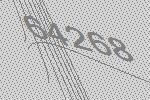
64268